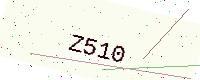
Text: Z510